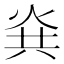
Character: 烡